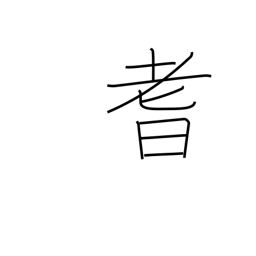
Meaning: senility